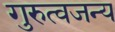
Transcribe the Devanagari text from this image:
गुरुत्वजन्य